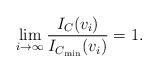
LaTeX: \begin{align*}\lim_{i\to\infty}\frac{I_C(v_i)}{ I_{C_{\min}}(v_i)}=1.\end{align*}